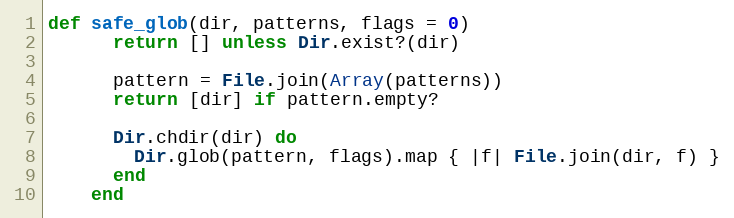
Language: Ruby
def safe_glob(dir, patterns, flags = 0)
      return [] unless Dir.exist?(dir)

      pattern = File.join(Array(patterns))
      return [dir] if pattern.empty?

      Dir.chdir(dir) do
        Dir.glob(pattern, flags).map { |f| File.join(dir, f) }
      end
    end